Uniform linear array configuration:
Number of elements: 48
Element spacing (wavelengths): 1
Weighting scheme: hamming
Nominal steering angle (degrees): -45
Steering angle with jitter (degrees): -46.447
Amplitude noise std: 0.05
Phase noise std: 0.05

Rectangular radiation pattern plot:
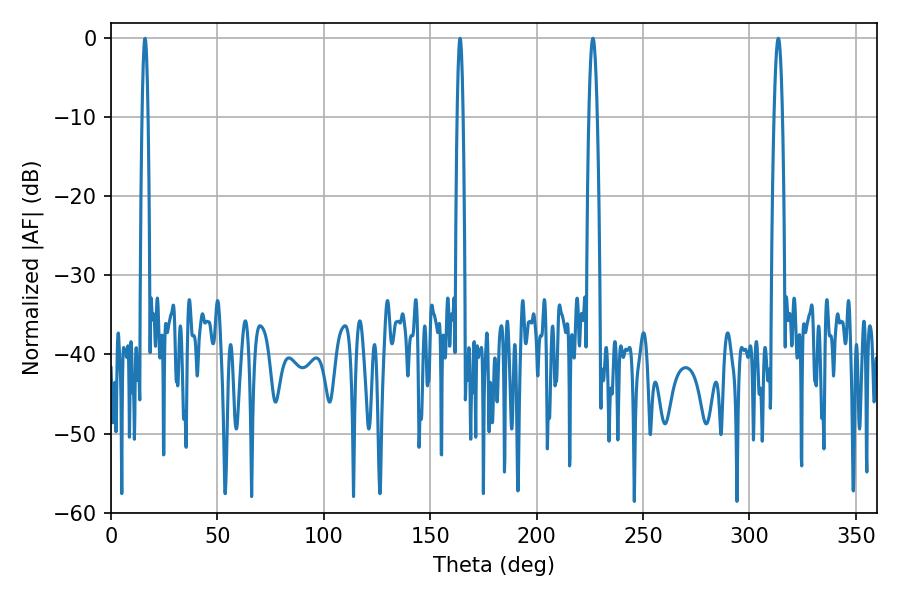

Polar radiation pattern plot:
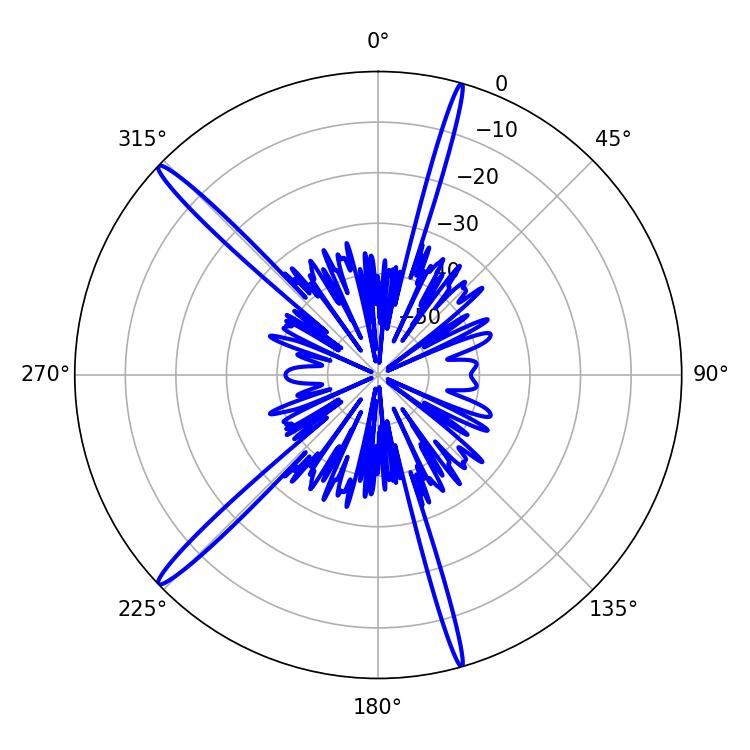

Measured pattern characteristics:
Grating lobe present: TRUE
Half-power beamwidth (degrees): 2.16
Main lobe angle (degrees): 226.44